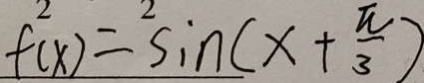
f ( x ) = \sin ( x + \frac { \pi } { 3 } )